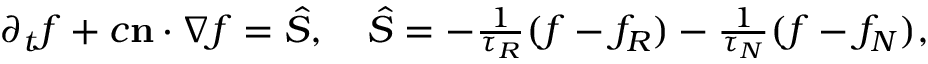
\begin{array} { r } { \partial _ { t } f + c \mathbf n \cdot \nabla f = \hat { S } , \quad \hat { S } = - \frac { 1 } { \tau _ { R } } ( f - f _ { R } ) - \frac { 1 } { \tau _ { N } } ( f - f _ { N } ) , } \end{array}